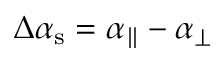
\Delta \alpha _ { \mathrm { s } } = \alpha _ { \parallel } - \alpha _ { \perp }